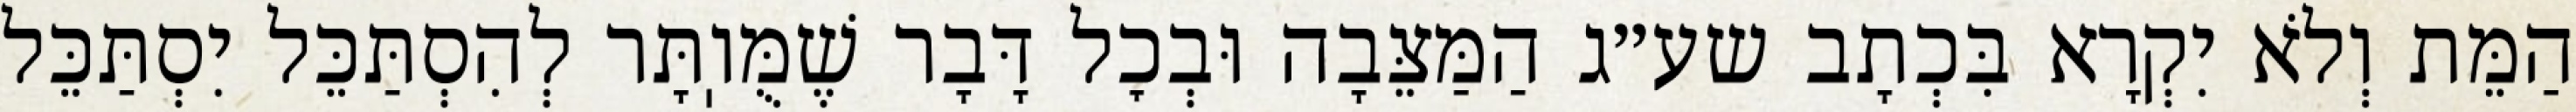
הַמֵּת וְלֹא יִקְרָא בִּכְתָב שע״ג הַמַּצֵּבָה וּבְכׇל דָּבָר שֶׁמֻּוֽתָּר לְהִסְתַּכֵּל יִסְתַּכֵּל